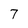
Character: 7